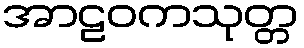
အာဠဝကသုတ္တ